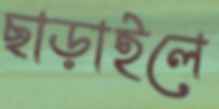
ছাড়াইলে